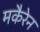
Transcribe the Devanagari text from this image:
मकैरेन